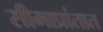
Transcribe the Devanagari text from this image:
सीमाप्रांतात